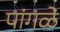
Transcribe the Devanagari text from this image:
पांगळे